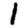
Digit: 1